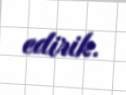
edirik.